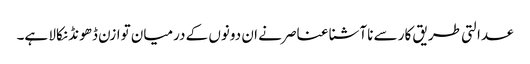
عدالتی طریق کار سے ناآشنا عناصر نے ان دونوں کے درمیان توازن ڈھونڈ نکالا ہے۔